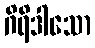
ဂိရိဒါသော